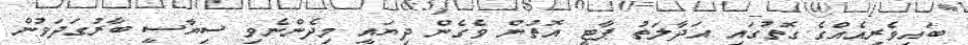
ބައިވެރިއެއްގެ ގޮތުގައި އަދާލަތު ޕާޓީ އޮތުން ވެގެން ދިޔައީ މިދެންނެވި ސިޔާސީ ބާރުގަދަވުން